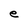
Character: e